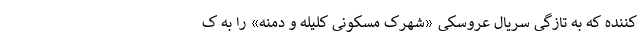
کننده که به تازگی سریال عروسکی «شهرک مسکونی کلیله و دمنه» را به ک